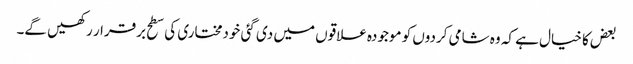
بعض کا خیال ہے کہ وہ شامی کردوں کو موجودہ علاقوں میں دی گئی خودمختاری کی سطح برقرار رکھیں گے۔